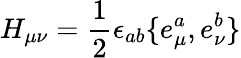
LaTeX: H_{\mu\nu}=\frac 12\epsilon_{ab}\{ e_{\mu}^{a},e_{\nu}^{b}\}